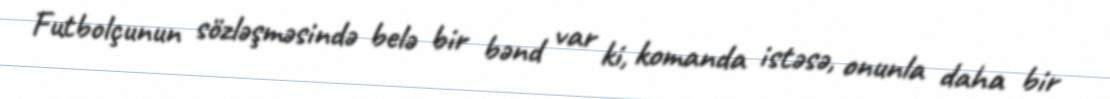
Futbolçunun sözləşməsində belə bir bənd var ki, komanda istəsə, onunla daha bir